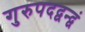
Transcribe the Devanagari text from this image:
गुरुपदद्वन्द्वं